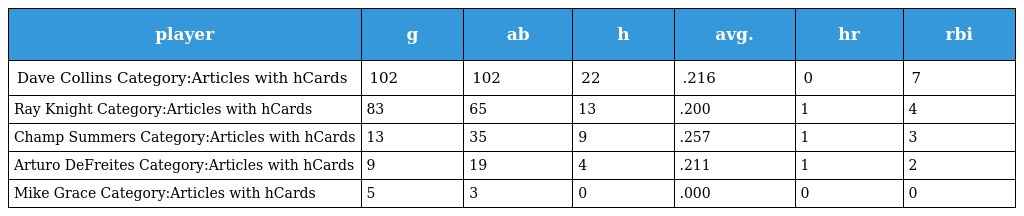
| player | g | ab | h | avg. | hr | rbi |
 | --- | --- | --- | --- | --- | --- | --- |
 | Dave Collins Category:Articles with hCards | 102 | 102 | 22 | .216 | 0 | 7 |
 | Ray Knight Category:Articles with hCards | 83 | 65 | 13 | .200 | 1 | 4 |
 | Champ Summers Category:Articles with hCards | 13 | 35 | 9 | .257 | 1 | 3 |
 | Arturo DeFreites Category:Articles with hCards | 9 | 19 | 4 | .211 | 1 | 2 |
 | Mike Grace Category:Articles with hCards | 5 | 3 | 0 | .000 | 0 | 0 |